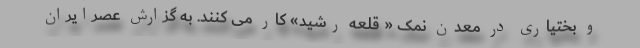
و بختیاری در معدن نمک « قلعه رشید» کار می کنند. به گزارش عصرایران